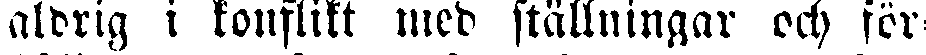
aldrig i konflikt med ställningar och för-